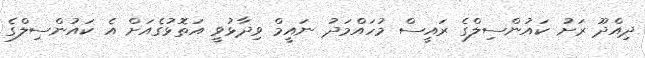
ދިއްދޫ ރަށު ކައުންސިލްގެ ރައީސް މުހައްމަދު ނައީމް ވިދާޅުވީ އަތޮޅުގެއަށް އެ ކައުންސިލްގެ